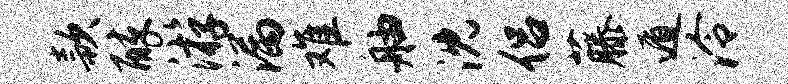
款醉游漏难舳沈侣藤遁泠